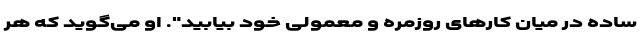
ساده در میان کارهای روزمره و معمولی خود بیابید". او می‌گوید که هر